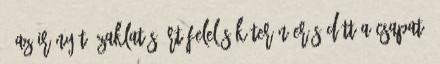
. Az irányító zaklatásáért felelősök terén erősödött a csapat: